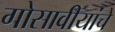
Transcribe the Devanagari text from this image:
गोसावीयांचे